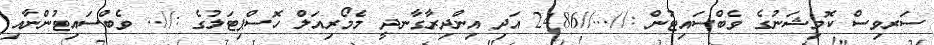
ސަރވިސް ކޮމިޝަނުގެ ވެބްސައިޓުން ://...//2486 އަދި އިންދިރާގާނދީ މެމޯރިއަލް ހޮސްޕިޓަލުގެ ://.. ވެބްސައިޓުންނާއި